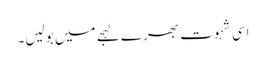
اسی شہوت بھرے لہجے میں بولیں۔